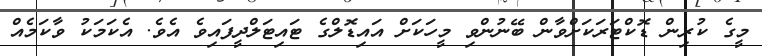
މީގެ ކުރިން ޑޮކްޓަރަކަށްވާން ބޭނުންވި މީހަކަށް އައިޑޮލްގެ ޓައިޓަލްދީފައިވެ އެވެ. އެކަމަކު ވާކަމެއް